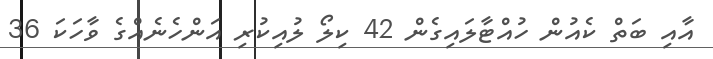
އާއި ބަތް ކެއުން ހުއްޓާލައިގެން 42 ކިލޯ ލުއިކުރި އަންހެނެއްގެ ވާހަކަ 36